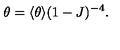
\theta = \langle \theta \rangle ( 1 - J ) ^ { - 4 } .